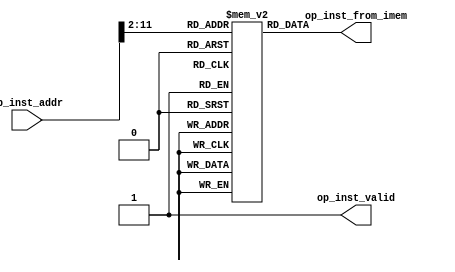
/*
 * Instruction memory. This instruction memory has asynchronous reads.
 * Writes are synchronous and are expected to happen before starting the
 * processor.
 */

module imem
  #(
    parameter SIZE_IN_WORDS=1024
   )
  (
   ip_inst_addr,
   op_inst_valid,
   op_inst_from_imem
   );

   input wire [31:0]  ip_inst_addr;
   output reg [31:0]  op_inst_from_imem;
   output reg 	      op_inst_valid;

   // Instruction memory
   reg [31:0] 	     mem [SIZE_IN_WORDS-1:0];

   always @(*)
     begin : imem_block
	op_inst_valid     = 1'b1;
	op_inst_from_imem = mem[ip_inst_addr[$clog2(SIZE_IN_WORDS)-1+2:2]];
     end

endmodule